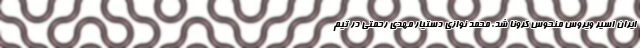
ایران اسیر ویروس منحوس کرونا شد. محمد نوازی دستیار مهدی رحمتی در تیم